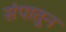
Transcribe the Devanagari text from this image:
संपातून